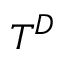
T ^ { D }